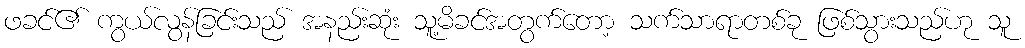
ဖခင်၏ ကွယ်လွန်ခြင်းသည် အနည်းဆုံး သူ့မိခင်အတွက်တော့ သက်သာရာတစ်ခု ဖြစ်သွားသည်ဟု သူ